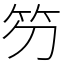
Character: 䇖